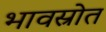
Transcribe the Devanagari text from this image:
भावस्रोत